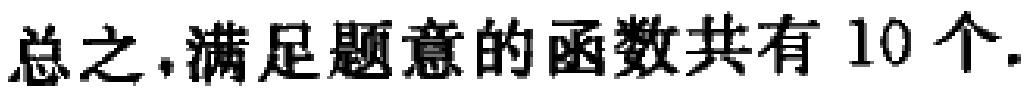
总之，满足题意的函数共有 \(10\) 个.